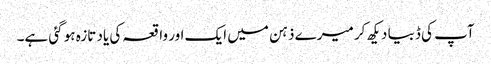
آپ کی ڈبیا دیکھ کر میرے ذہن میں ایک اور واقعہ کی یاد تازہ ہو گئی ہے۔